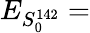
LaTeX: E_{S_{0}^{142}}=